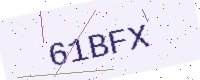
Text: 61BFX